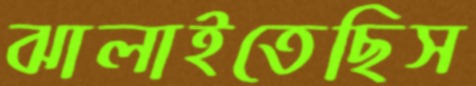
ঝালাইতেছিস